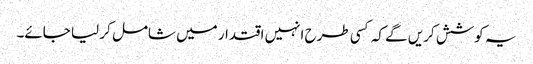
یہ کوشش کریں گے کہ کسی طرح انہیں اقتدار میں شامل کر لیا جائے۔